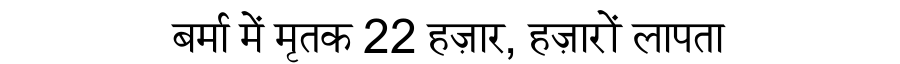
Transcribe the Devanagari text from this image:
बर्मा में मृतक 22 हज़ार, हज़ारों लापता